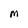
Character: M